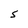
Character: S